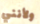
ولأنني